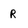
Character: R